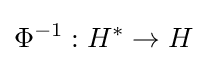
\Phi ^{-1}:H^{*}\to H